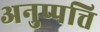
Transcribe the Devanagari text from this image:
अनुप्पत्ति